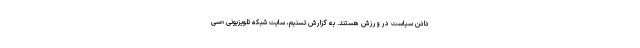
دادن سیاست در ورزش هستند. به گزارش تسنیم، سایت شبکه تلویزیونی «سی